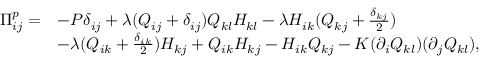
\begin{array} { r l } { \Pi _ { i j } ^ { p } = } & { - P \delta _ { i j } + \lambda ( Q _ { i j } + \delta _ { i j } ) Q _ { k l } H _ { k l } - \lambda H _ { i k } ( Q _ { k j } + \frac { \delta _ { k j } } { 2 } ) } \\ & { - \lambda ( Q _ { i k } + \frac { \delta _ { i k } } { 2 } ) H _ { k j } + Q _ { i k } H _ { k j } - H _ { i k } Q _ { k j } - K ( \partial _ { i } Q _ { k l } ) ( \partial _ { j } Q _ { k l } ) , } \end{array}